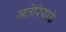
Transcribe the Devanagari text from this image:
मलेरियाके